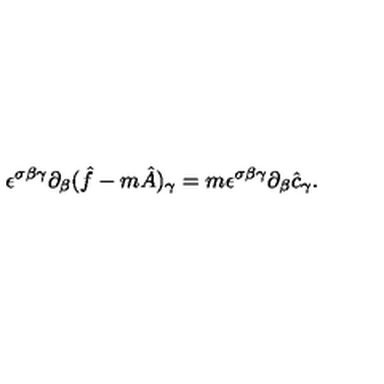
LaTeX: \epsilon ^ { \sigma \beta \gamma } \partial _ { \beta } ( \hat { f } - m \hat { A } ) _ { \gamma } = m \epsilon ^ { \sigma \beta \gamma } \partial _ { \beta } \hat { c } _ { \gamma } .